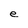
Character: e